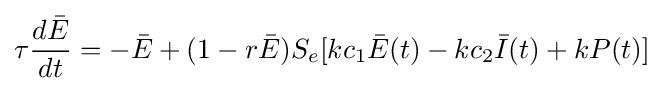
\tau {\frac {d{\bar {E}}}{dt}}=-{\bar {E}}+(1-r{\bar {E}})S_{e}[kc_{1}{\bar {E}}(t)-kc_{2}{\bar {I}}(t)+kP(t)]